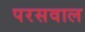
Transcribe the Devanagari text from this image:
परसवाल